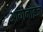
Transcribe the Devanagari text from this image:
आयोनाइज